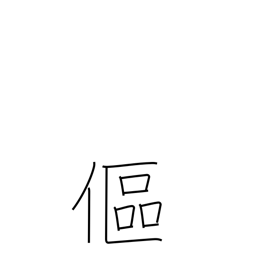
Meaning: bend over